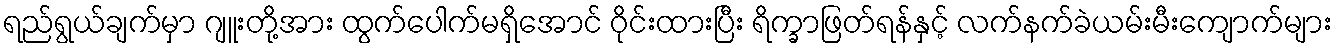
ရည်ရွယ်ချက်မှာ ဂျူးတို့အား ထွက်ပေါက်မရှိအောင် ဝိုင်းထားပြီး ရိက္ခာဖြတ်ရန်နှင့် လက်နက်ခဲယမ်းမီးကျောက်များ